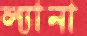
ল্যানা